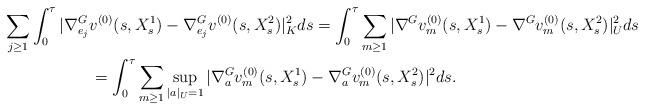
LaTeX: \begin{gather*} \sum_{j \ge 1} \int_0^{\tau} | \nabla^G_{e_j} v^{(0)}(s,X_s^1) - \nabla^G_{e_j} v^{(0)}(s,X_s^2) |_{K}^2 ds = \int_0^{\tau} \sum_{m \ge 1} | \nabla^G v^{(0)}_m (s,X_s^1) - \nabla^G v^{(0)}_m (s,X_s^2) |^2_U ds\\= \int_0^{\tau} \sum_{m \ge 1} \sup_{|a|_U =1} | \nabla^G_a v^{(0)}_m (s,X_s^1) - \nabla^G_a v^{(0)}_m (s,X_s^2) |^2 ds.\end{gather*}